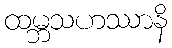
ထမ္ဘသဟဿာနိ